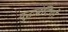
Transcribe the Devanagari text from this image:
युद्घबंदियों